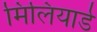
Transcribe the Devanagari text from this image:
मिलियार्ड